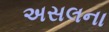
અસલના